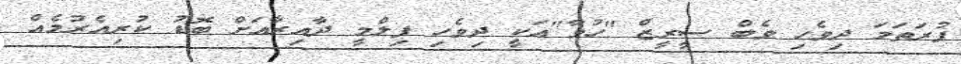
ފުރަތަމަ ދިވެހި ވެބް ސީރީޒް "ހުވާ"އަކީ ދިވެހި ފިލްމީ ދާއިރާއަށް ބޮޑު ކުރިއެރުމެއް